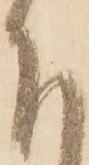
下